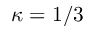
\kappa = 1 / 3